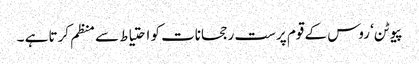
پیوٹن‘ روس کے قوم پرست رجحانات کو احتیاط سے منظم کرتا ہے ۔